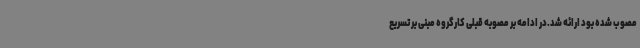
مصوب شده بود ارائه شد.در ادامه بر مصوبه قبلی کارگروه مبنی بر تسریع